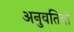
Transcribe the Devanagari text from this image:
अनुवतियों